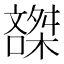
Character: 𰈽